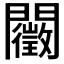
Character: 𨷣